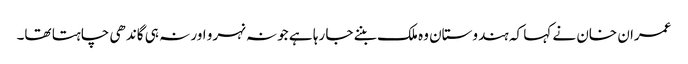
عمران خان نے کہا کہ ہندوستان وہ ملک بننے جا رہا ہے جو نہ نہرو اور نہ ہی گاندھی چاہتا تھا۔